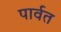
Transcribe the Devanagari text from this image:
पार्वत